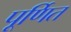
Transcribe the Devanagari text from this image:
पूर्णित